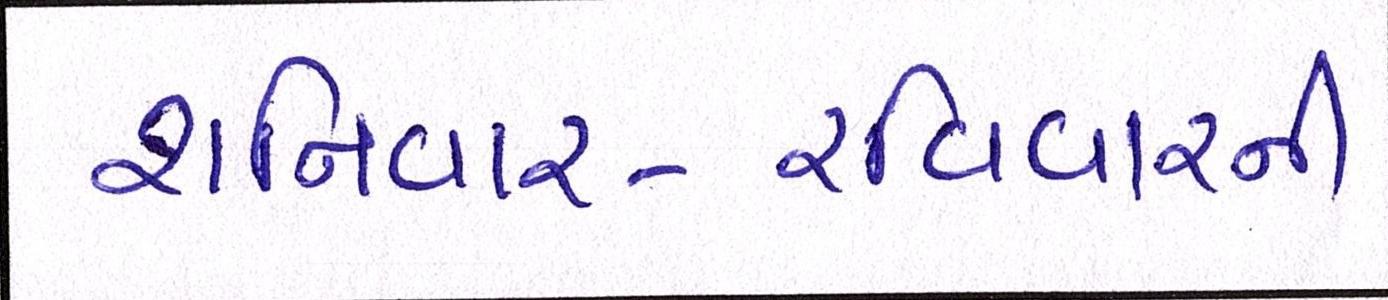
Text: શનિવાર-રવિવારની